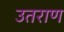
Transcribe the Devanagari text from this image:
उतराण